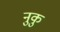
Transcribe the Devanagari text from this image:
नुकु